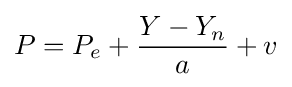
P=P_{e}+{\frac {Y-Y_{n}}{a}}+v